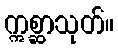
ဣစ္ဆာသုတ်။